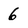
Character: 6